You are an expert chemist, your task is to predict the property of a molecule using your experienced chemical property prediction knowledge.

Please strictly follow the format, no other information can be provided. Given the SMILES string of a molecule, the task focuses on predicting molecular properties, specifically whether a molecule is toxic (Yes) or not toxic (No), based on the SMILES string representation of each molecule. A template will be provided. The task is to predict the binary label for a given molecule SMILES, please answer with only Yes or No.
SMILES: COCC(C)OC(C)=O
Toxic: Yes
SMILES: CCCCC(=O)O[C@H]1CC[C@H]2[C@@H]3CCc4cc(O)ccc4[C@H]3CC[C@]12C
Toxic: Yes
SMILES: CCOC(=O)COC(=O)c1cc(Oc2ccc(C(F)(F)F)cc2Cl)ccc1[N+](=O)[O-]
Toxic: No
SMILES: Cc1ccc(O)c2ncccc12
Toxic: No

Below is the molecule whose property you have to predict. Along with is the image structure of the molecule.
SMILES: CC[C@]12CCCN3CCc4c(n(c5ccccc45)[C@@](O)(C(=O)OC)C1)[C@@H]32
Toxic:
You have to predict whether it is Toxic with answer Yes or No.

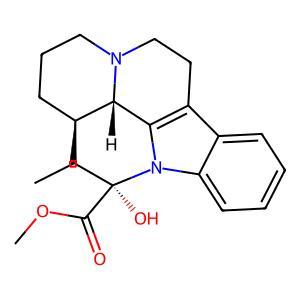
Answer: No